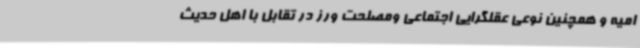
امیه و همچنین نوعی عقلگرایی اجتماعی ومصلحت ورز در تقابل با اهل حدیث